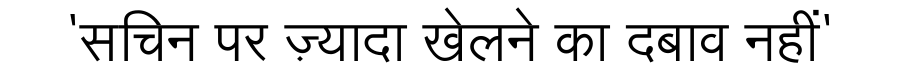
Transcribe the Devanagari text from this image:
'सचिन पर ज़्यादा खेलने का दबाव नहीं'